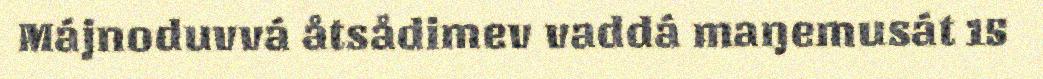
Májnoduvvá åtsådimev vaddá maŋemusát 15